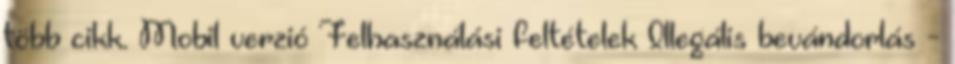
több cikk. Mobil verzió Felhasználási feltételek Illegális bevándorlás -